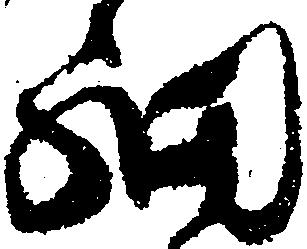
細